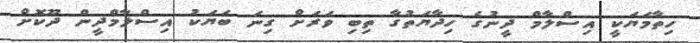
ހިތާމަޔަކީ އިސްލާމް ދީނުގެ ހިދާޔަތުގާ ތިބި ވަރަށް ގިނަ ބަޔަކު އިސްލާމްދީން ދޫކޮށް